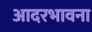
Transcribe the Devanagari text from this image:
आदरभावना